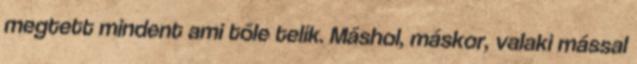
megtett mindent ami tőle telik. Máshol, máskor, valaki mással